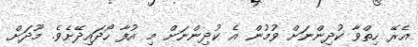
އެރޭ ހިތްވާ ކުދިންނަށް ވުމުން އެ ކުދިންނަށް މި އުފާ ހޯދައިދޭށެވެ. މޫދަށް